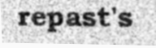
repast's